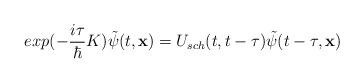
LaTeX: \begin{align*}exp(-\frac{i\tau}{\hbar}K)\tilde{\psi}(t,{\bf x})=U_{sch}(t,t-\tau)\tilde{\psi}(t-\tau,{\bf x})\end{align*}